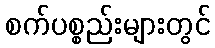
စက်ပစ္စည်းများတွင်